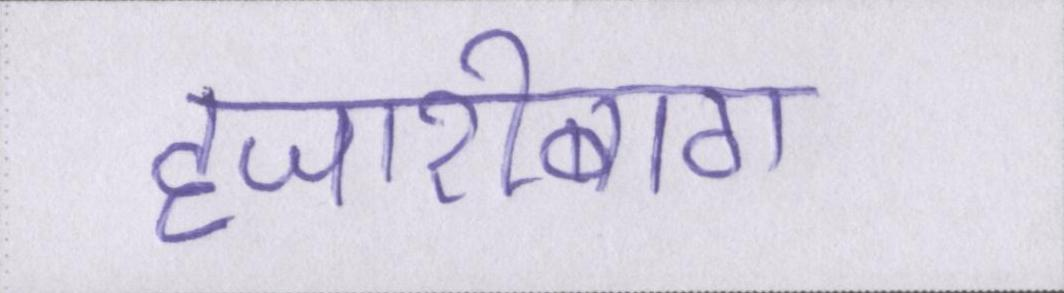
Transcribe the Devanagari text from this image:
हजारीबाग